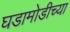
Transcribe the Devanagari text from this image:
घडामोडीच्या